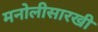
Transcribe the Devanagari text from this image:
मनोलीसारखी